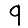
Digit: 9